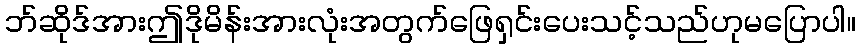
ဘ်ဆိုဒ်အားဤဒိုမိန်းအားလုံးအတွက်ဖြေရှင်းပေးသင့်သည်ဟုမပြောပါ။